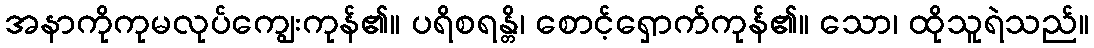
အနာကိုကုမလုပ်ကျွေးကုန်၏။ ပရိစရန္တိ၊ စောင့်ရှောက်ကုန်၏။ သော၊ ထိုသူရဲသည်။